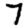
Digit: 7